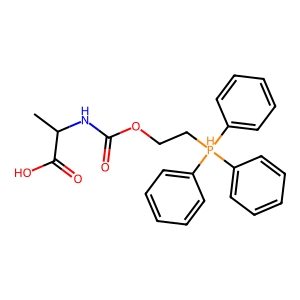
SMILES: CC(NC(=O)OCC[PH](c1ccccc1)(c1ccccc1)c1ccccc1)C(=O)O
Inhibits HIV replication: No